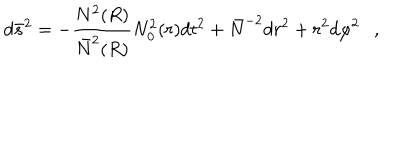
d \bar { s } ^ { 2 } = - { \frac { N ^ { 2 } ( R ) } { \bar { N } ^ { 2 } ( R ) } } N _ { 0 } ^ { 2 } ( r ) d t ^ { 2 } + \bar { N } ^ { - 2 } d r ^ { 2 } + r ^ { 2 } d \varphi ^ { 2 } ,